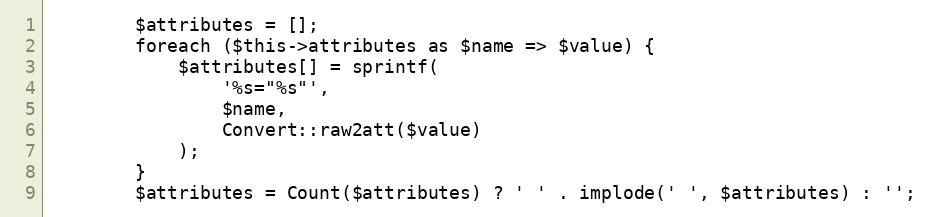
Language: PHP
        $attributes = [];
        foreach ($this->attributes as $name => $value) {
            $attributes[] = sprintf(
                '%s="%s"',
                $name,
                Convert::raw2att($value)
            );
        }
        $attributes = Count($attributes) ? ' ' . implode(' ', $attributes) : '';